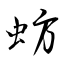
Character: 蚄